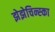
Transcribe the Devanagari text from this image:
झेझेचिन्स्का